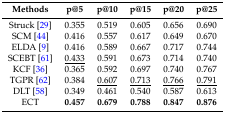
| Methods | p@5 | p@10 | p@15 | p@20 | p@25 |
 | --- | --- | --- | --- | --- | --- |
 | Struck [29] | 0.355 | 0.519 | 0.605 | 0.656 | 0.690 |
 | SCM [44] | 0.416 | 0.557 | 0.617 | 0.649 | 0.670 |
 | ELDA [9] | 0.416 | 0.589 | 0.667 | 0.717 | 0.744 |
 | SCEBT [61] | <underline>0.433</underline> | 0.591 | 0.673 | 0.714 | 0.740 |
 | KCF [36] | 0.365 | 0.592 | 0.697 | 0.740 | 0.767 |
 | TGPR [62] | 0.384 | <underline>0.607</underline> | <underline>0.713</underline> | <underline>0.766</underline> | <underline>0.791</underline> |
 | DLT [58] | 0.349 | 0.461 | 0.540 | 0.587 | 0.613 |
 | ECT | 0.457 | 0.679 | 0.788 | 0.847 | 0.876 |